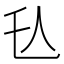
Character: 𬼇